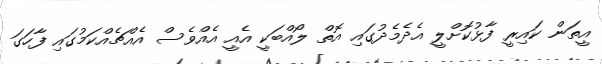
އީތަން ކައިރީ ފާޅުކޮށްލީ އެދެމެދުގައި އޮތް ލޯއްބަކީ އެއީ އެއްވެސް އެއްޗެއްކަމުގައި ފާހަގަ